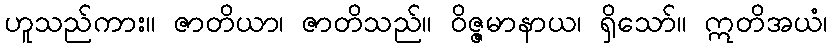
ဟူသည်ကား။ ဇာတိယာ၊ ဇာတိသည်။ ဝိဇ္ဇမာနာယ၊ ရှိသော်။ ဣတိအယံ၊